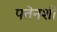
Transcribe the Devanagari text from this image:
पतेनशी